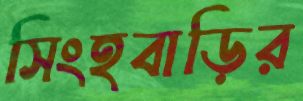
সিংহবাড়ির